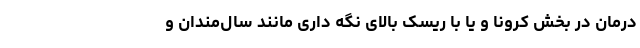
درمان در بخش کرونا و یا با ریسک بالای نگه داری مانند سال‌مندان و